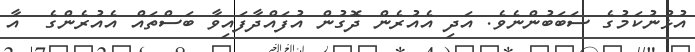
އުޅުނުކަމުގެ ސަބަބުންނެވެ. އަދި އެއުރެން ދޮގުން އުފައްދާފައިވާ ބަސްތައް އެއުރެންގެ  އާ